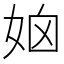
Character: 𡜧